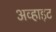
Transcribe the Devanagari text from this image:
अव्हाइट